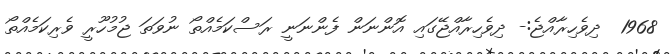
1968  ދިވެހިރާއްޖެ:- ދިވެހިރާއްޖޭގައި އޮންނަން ފެންނަނީ ރަސްކަމެއްތޯ ނުވަތަ ޖުމުހޫރީ ވެރިކަމެއްތޯ